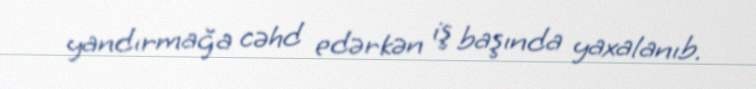
yandırmağa cəhd edərkən iş başında yaxalanıb.